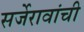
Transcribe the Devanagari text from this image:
सर्जेरावांची